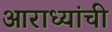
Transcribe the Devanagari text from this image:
आराध्यांची